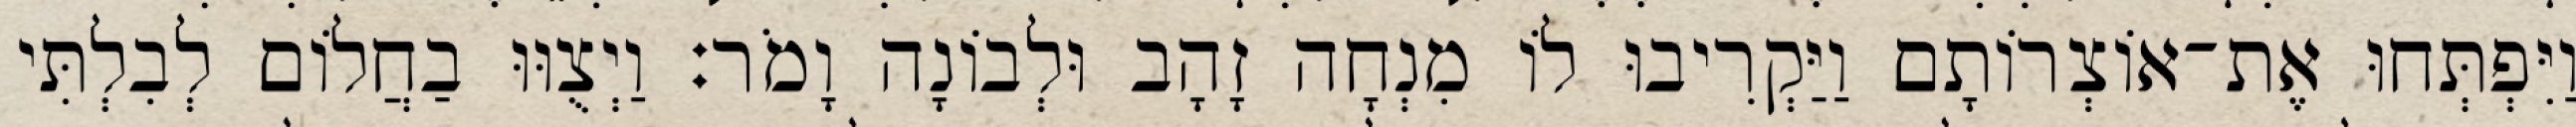
וַיִּפְתְּחוּ אֶת־אוֹצְרוֹתָם וַיַּקְרִיבוּ לוֹ מִנְחָה זָהָב וּלְבוֹנָה וָמֹר׃ וַיְצֻוּוּ בַחֲלוֹם לְבִלְתִּי